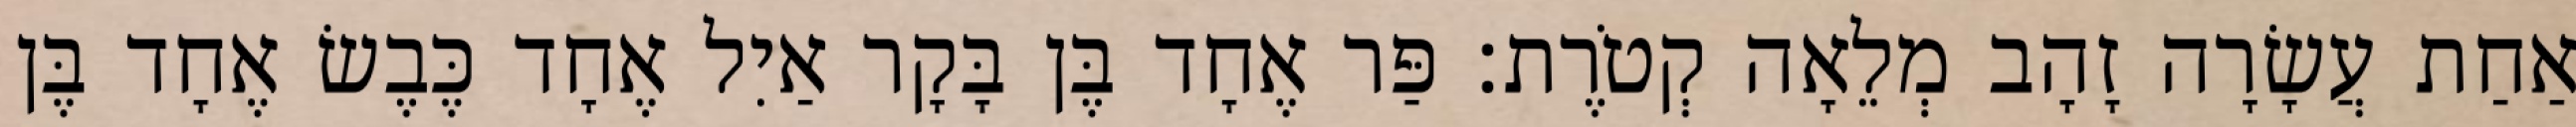
אַחַת עֲשָׂרָה זָהָב מְלֵאָה קְטֹרֶת׃ פַּר אֶחָד בֶּן בָּקָר אַיִל אֶחָד כֶּבֶשׂ אֶחָד בֶּן